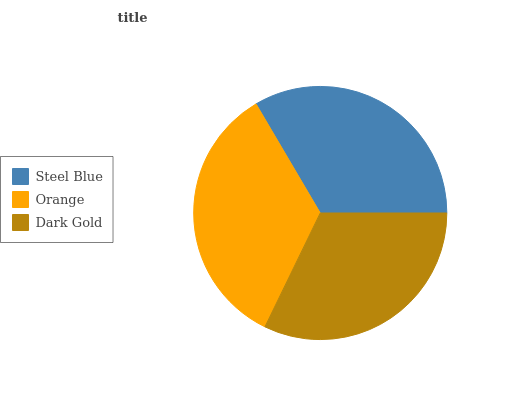
| Steel Blue | Orange | Dark Gold |
 | --- | --- | --- |
 | 33.4% | 34.4% | 32.2% |